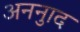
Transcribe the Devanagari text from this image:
अननुाद